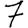
Digit: 7